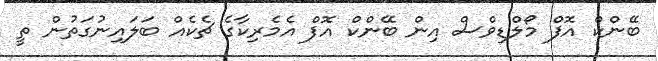
ބޭންކް އޮފް މޯލްޑިވްސް އިން ބޭންކް އޮފް އެމެރިކާގެ ޗެކެއް ބަލައިނުގަތުން ތީ